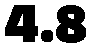
4.8